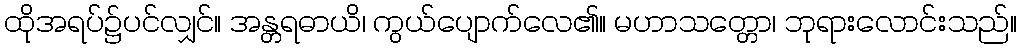
ထိုအရပ်၌ပင်လျှင်။ အန္တရဓာယိ၊ ကွယ်ပျောက်လေ၏။ မဟာသတ္တော၊ ဘုရားလောင်းသည်။